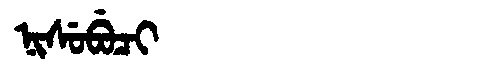
Manchu: ᠨᡳᠰᡠᠪᡠᠴᡳ
Romanization: NISUBUCI